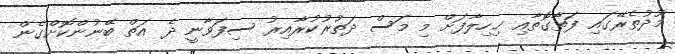
މޫދުތެރޭގައި ފަތާގޮތާއި ޚިހިލާފަށް މި މަސް ދަތުރުކުރާއިރު ސިފަވާނީ ދެ އަތް ބޭނުންކޮށްގެން